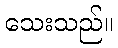
သေးသည်။